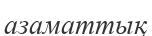
азаматтық